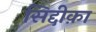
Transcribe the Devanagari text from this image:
सिद्दीक़ा